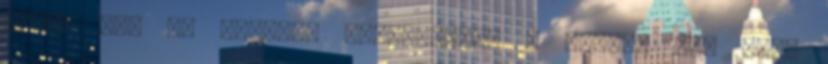
Véget ért az álompár kapcsolata? A zenész nem nézi